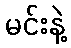
မင်းနဲ့